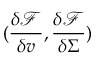
( \frac { \delta \mathcal { F } } { \delta v } , \frac { \delta \mathcal { F } } { \delta \Sigma } )